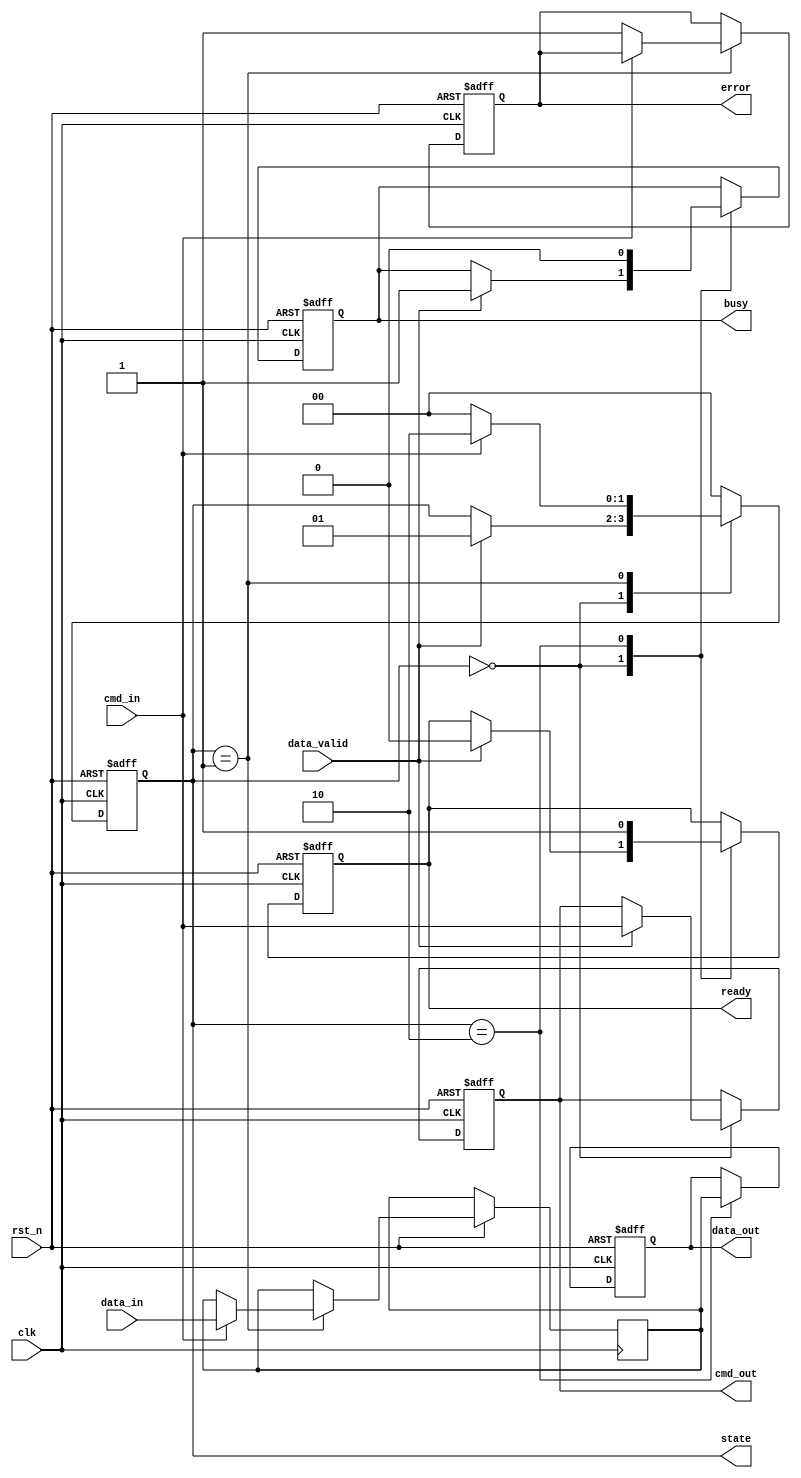
module emmc_io_block (
    input wire clk,             // System Clock
    input wire rst_n,           // Active low reset
    input wire cmd_in,          // Command input line
    input wire [3:0] data_in,   // Data input lines (D0-D3)
    input wire data_valid,       // Data valid signal
    output reg cmd_out,         // Command output line
    output reg [3:0] data_out,  // Data output lines (D0-D3)
    output reg busy,            // Busy status indicator
    output reg ready,           // Ready status indicator
    output reg error,           // Error indicator
    output reg [1:0] state      // Current state
);

// State encoding
localparam IDLE            = 2'b00;
localparam COMMAND         = 2'b01;
localparam DATA_TRANSFER    = 2'b10;

// Internal signals
reg [3:0] input_buffer;     // Input buffer for incoming data
reg [3:0] output_buffer;    // Output buffer for outgoing data

// State machine
always @(posedge clk or negedge rst_n) begin
    if (!rst_n) begin
        state <= IDLE;
        busy <= 0;
        ready <= 1;
        error <= 0;
        cmd_out <= 0;
        data_out <= 4'b0000;
    end else begin
        case (state)
            IDLE: begin
                if (data_valid) begin
                    // Read command
                    cmd_out <= cmd_in;
                    state <= COMMAND;
                    busy <= 1;
                    ready <= 0;
                end
            end
            
            COMMAND: begin
                // Process command and prepare response
                // Simple command processing logic (to be expanded)
                if (cmd_in == 1'b1) begin // Example command
                    // Set output buffer
                    output_buffer <= data_in;
                    state <= DATA_TRANSFER;
                end else begin
                    error <= 1; // Invalid command
                    state <= IDLE;
                end
            end
            
            DATA_TRANSFER: begin
                // Transfer data
                data_out <= output_buffer;
                // Simulate data transfer completion
                busy <= 0;
                ready <= 1;
                state <= IDLE;
            end
            
            default: state <= IDLE; // Fallback
        endcase
    end
end

// Error handling logic (CRC checks, timeouts, etc.) can be added here

endmodule